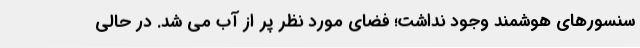
سنسورهای هوشمند وجود نداشت؛ فضای مورد نظر پر از آب می شد. در حالی